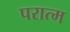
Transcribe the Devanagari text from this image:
परात्म